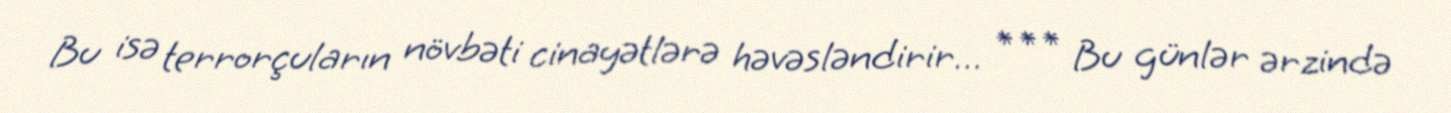
Bu isə terrorçuların növbəti cinayətlərə həvəsləndirir… *** Bu günlər ərzində